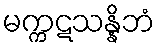
မက္ကဋသန္နိဘံ